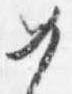
女